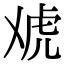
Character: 䖊